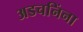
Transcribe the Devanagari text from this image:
अडचनिंना